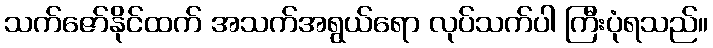
သက်ဇော်နိုင်ထက် အသက်အရွယ်ရော လုပ်သက်ပါ ကြီးပုံရသည်။